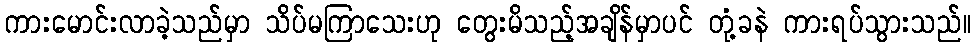
ကားမောင်းလာခဲ့သည်မှာ သိပ်မကြာသေးဟု တွေးမိသည့်အချိန်မှာပင် တုံ့ခနဲ ကားရပ်သွားသည်။